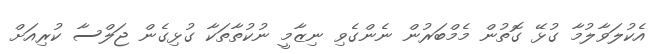
އެކުލަވާލުމާ ގުޅޭ ގޮތުން މެމްބަރުން ނެންގެވި ނިޒާމީ ނުކުތާތަކާ ގުޅިގެން ޖަލްސާ ކުރިއަށް